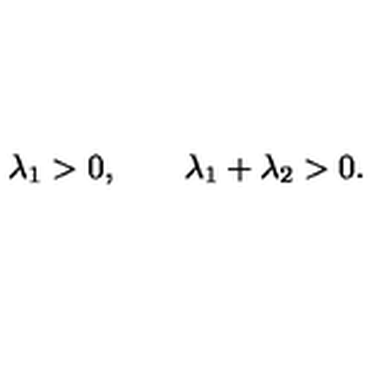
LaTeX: \lambda _ { 1 } > 0 , \qquad \lambda _ { 1 } + \lambda _ { 2 } > 0 .